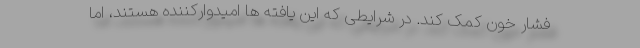
فشار خون کمک کند. در شرایطی که این یافته ها امیدوارکننده هستند، اما